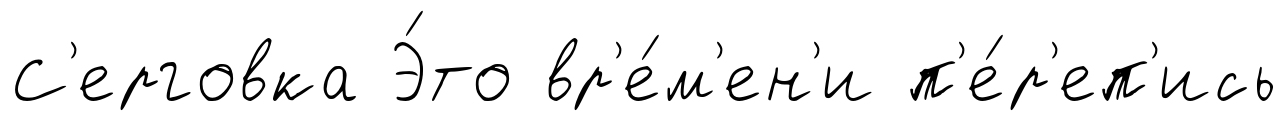
С'ерговка Э́то вр'е́м'ен'и п'е́р'еп'ись